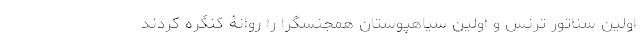
اولین سناتور ترنس و اولین سیاهپوستان همجنسگرا را روانۀ کنگره کردند